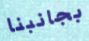
بجانبنا